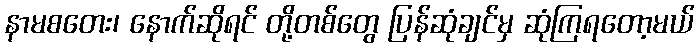
နာမစတေး၊ နောက်ဆိုရင် တို့တစ်တွေ ပြန်ဆုံချင်မှ ဆုံကြရတော့မယ်